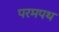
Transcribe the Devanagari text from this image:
परमपथ